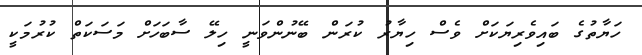
ހަޔާތުގެ ބައިވެރިޔަކަށް ވެސް ހިޔާރު ކުރަން ބޭނުންވަނީ ހިލޭ ސާބަހަށް މަސަކަތް ކުރުމަކީ